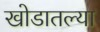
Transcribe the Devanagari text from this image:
खोडातल्या